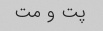
پت و مت